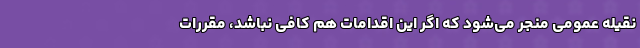
نقیله عمومی منجر می‌شود که اگر این اقدامات هم کافی نباشد، مقررات